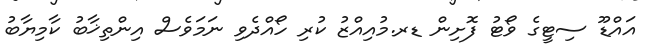
އައްޑޫ ސިޓީގެ ވޯޓު ފޮށިން ޑރ.މުއިއްޒު ކުރި ހޯއްދެވި ނަމަވެސް އިންތިޚާބު ކާމިޔާބު